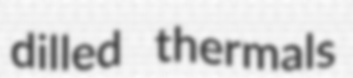
dilled thermals